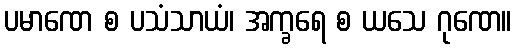
ပမာဏေ စ ပသံသာယံ၊ အက္ခရေ စ ယသေ ဂုဏေ။